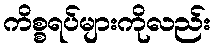
ကိစ္စရပ်များကိုလည်း